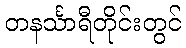
တနင်္သာရီတိုင်းတွင်